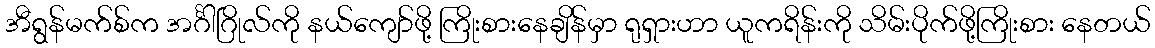
အီရွန်မက်စ်က အင်္ဂါဂြိုလ်ကို နယ်ကျော်ဖို့ ကြိုးစားနေချိန်မှာ ရုရှားဟာ ယူကရိန်းကို သိမ်းပိုက်ဖို့ကြိုးစား နေတယ်